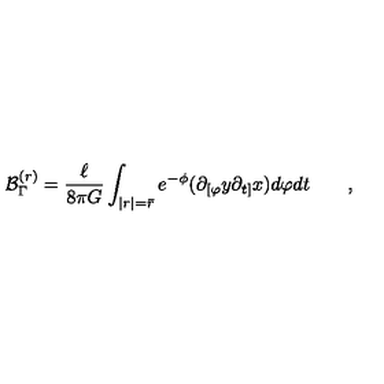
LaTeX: { \cal B } _ { \Gamma } ^ { ( r ) } = \frac { \ell } { 8 \pi G } \int _ { | r | = \bar { r } } e ^ { - \phi } ( \partial _ { [ \varphi } y \partial _ { t ] } x ) d \varphi d t \qquad ,